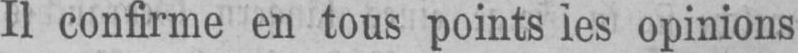
Il confirme en tous points les opinions